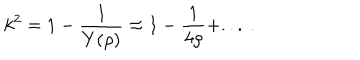
k ^ { 2 } = 1 - \frac { 1 } { Y ( \rho ) } \approx 1 - \frac { 1 } { 4 \rho } + . . . ~ .